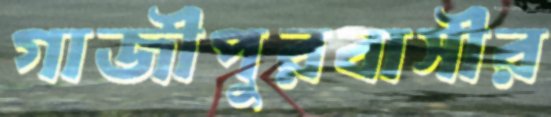
গাজীপুরবাসীর